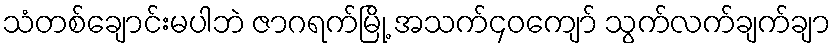
သံတစ်ချောင်းမပါဘဲ ဇာဂရက်မြို့ အသက်၄၀ကျော် သွက်လက်ချက်ချာ